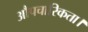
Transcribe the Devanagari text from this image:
औपचारिकता।